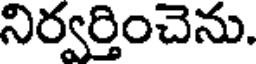
నిర్వర్తించెను.